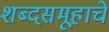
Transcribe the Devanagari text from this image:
शब्दसमूहाचे